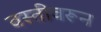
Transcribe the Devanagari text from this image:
वस्तीवरून